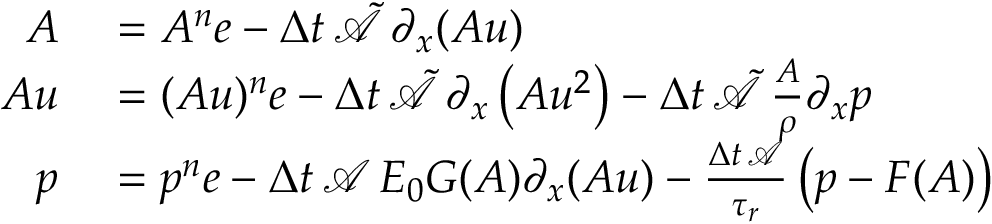
\begin{array} { r l } { \boldsymbol { A } } & { { } = A ^ { n } \boldsymbol { e } - \Delta t \, \tilde { \mathcal { A } } \, \partial _ { x } ( \boldsymbol { A u } ) } \\ { \boldsymbol { A u } } & { { } = ( A u ) ^ { n } \boldsymbol { e } - \Delta t \, \tilde { \mathcal { A } } \, \partial _ { x } \left( \boldsymbol { A u ^ { 2 } } \right) - \Delta t \, \tilde { \mathcal { A } } \, \frac { \boldsymbol { A } } { \rho } \partial _ { x } \boldsymbol { p } } \\ { \boldsymbol { p } } & { { } = p ^ { n } \boldsymbol { e } - \Delta t \, \mathcal { A } \, E _ { 0 } \boldsymbol { G } ( \boldsymbol { A } ) \partial _ { x } ( \boldsymbol { A u } ) - \frac { \Delta t \, \mathcal { A } } { \tau _ { r } } \left( \boldsymbol { p } - \boldsymbol { F } ( \boldsymbol { A } ) \right) } \end{array}